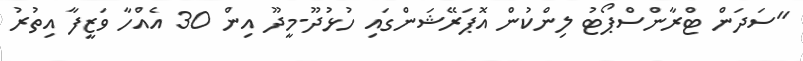
"ސަދަން ޓްރާންސްޕޯޓު ލިންކުން އޮޕަރޭޝަންގައި ހުޅުދޫ-މީދޫ އިން 30 އެއްހާ ވަޒީފާ އިތުރު